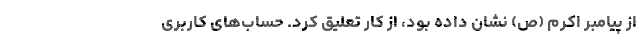
از پیامبر اکرم (ص) نشان داده بود، از کار تعلیق کرد. حساب‌های کاربری